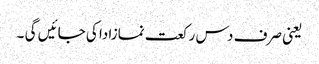
یعنی صرف دس رکعت نمازادا کی جائیں گی ۔